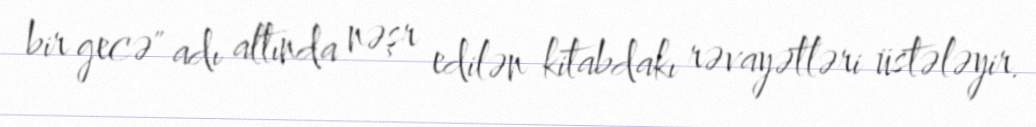
bir gecə" adı altında nəşr edilən kitabdakı rəvayətləri üstələyir.